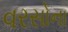
વરસોના